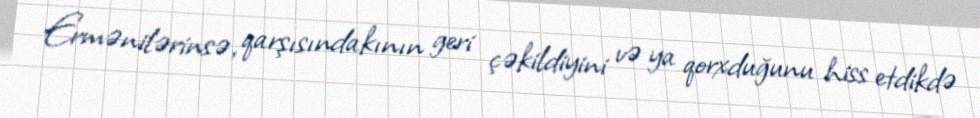
Ermənilərinsə, qarşısındakının geri çəkildiyini və ya qorxduğunu hiss etdikdə